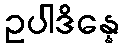
ဥပါဒိန္နေ